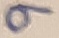
Text: 9